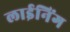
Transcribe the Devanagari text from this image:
लाईनिंग